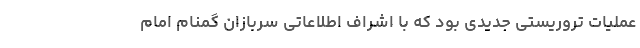
عملیات تروریستی جدیدی بود که با اشراف اطلاعاتی سربازان گمنام امام